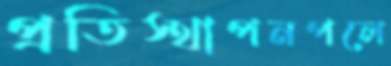
প্রতিস্থাপনপলে